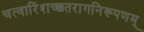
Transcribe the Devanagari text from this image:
चत्वारिंशच्छतरागनिरूपणम्‌